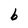
Character: b